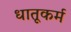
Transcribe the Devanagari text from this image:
धातूकर्म